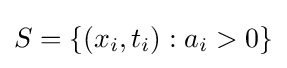
S=\{(x_{i},t_{i}):a_{i}>0\}